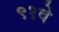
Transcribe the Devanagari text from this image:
९१वे